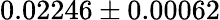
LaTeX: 0.02246\pm 0.00062